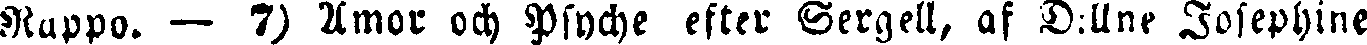
Rappo. — 7) Amor och Psyche efter Sergell, af D:llne Josephine